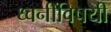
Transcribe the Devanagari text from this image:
ध्वनींविषयी